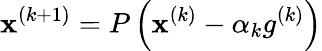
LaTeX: \mathbf{x}^{(k+1)}=P\left(\mathbf{x}^{(k)}-\alpha_{k}g^{(k)}\right)